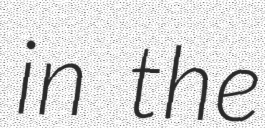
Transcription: in the